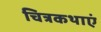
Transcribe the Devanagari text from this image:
चित्रकथाएं